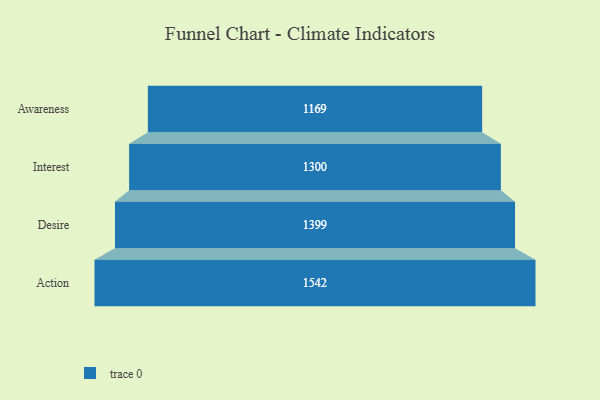
{"axis": {"x": "Stage", "y": "Value"}, "legend": [""], "data": [{"x": "Awareness", "y": 1169.0, "type": ""}, {"x": "Interest", "y": 1300.0, "type": ""}, {"x": "Desire", "y": 1399.0, "type": ""}, {"x": "Action", "y": 1542.0, "type": ""}]}